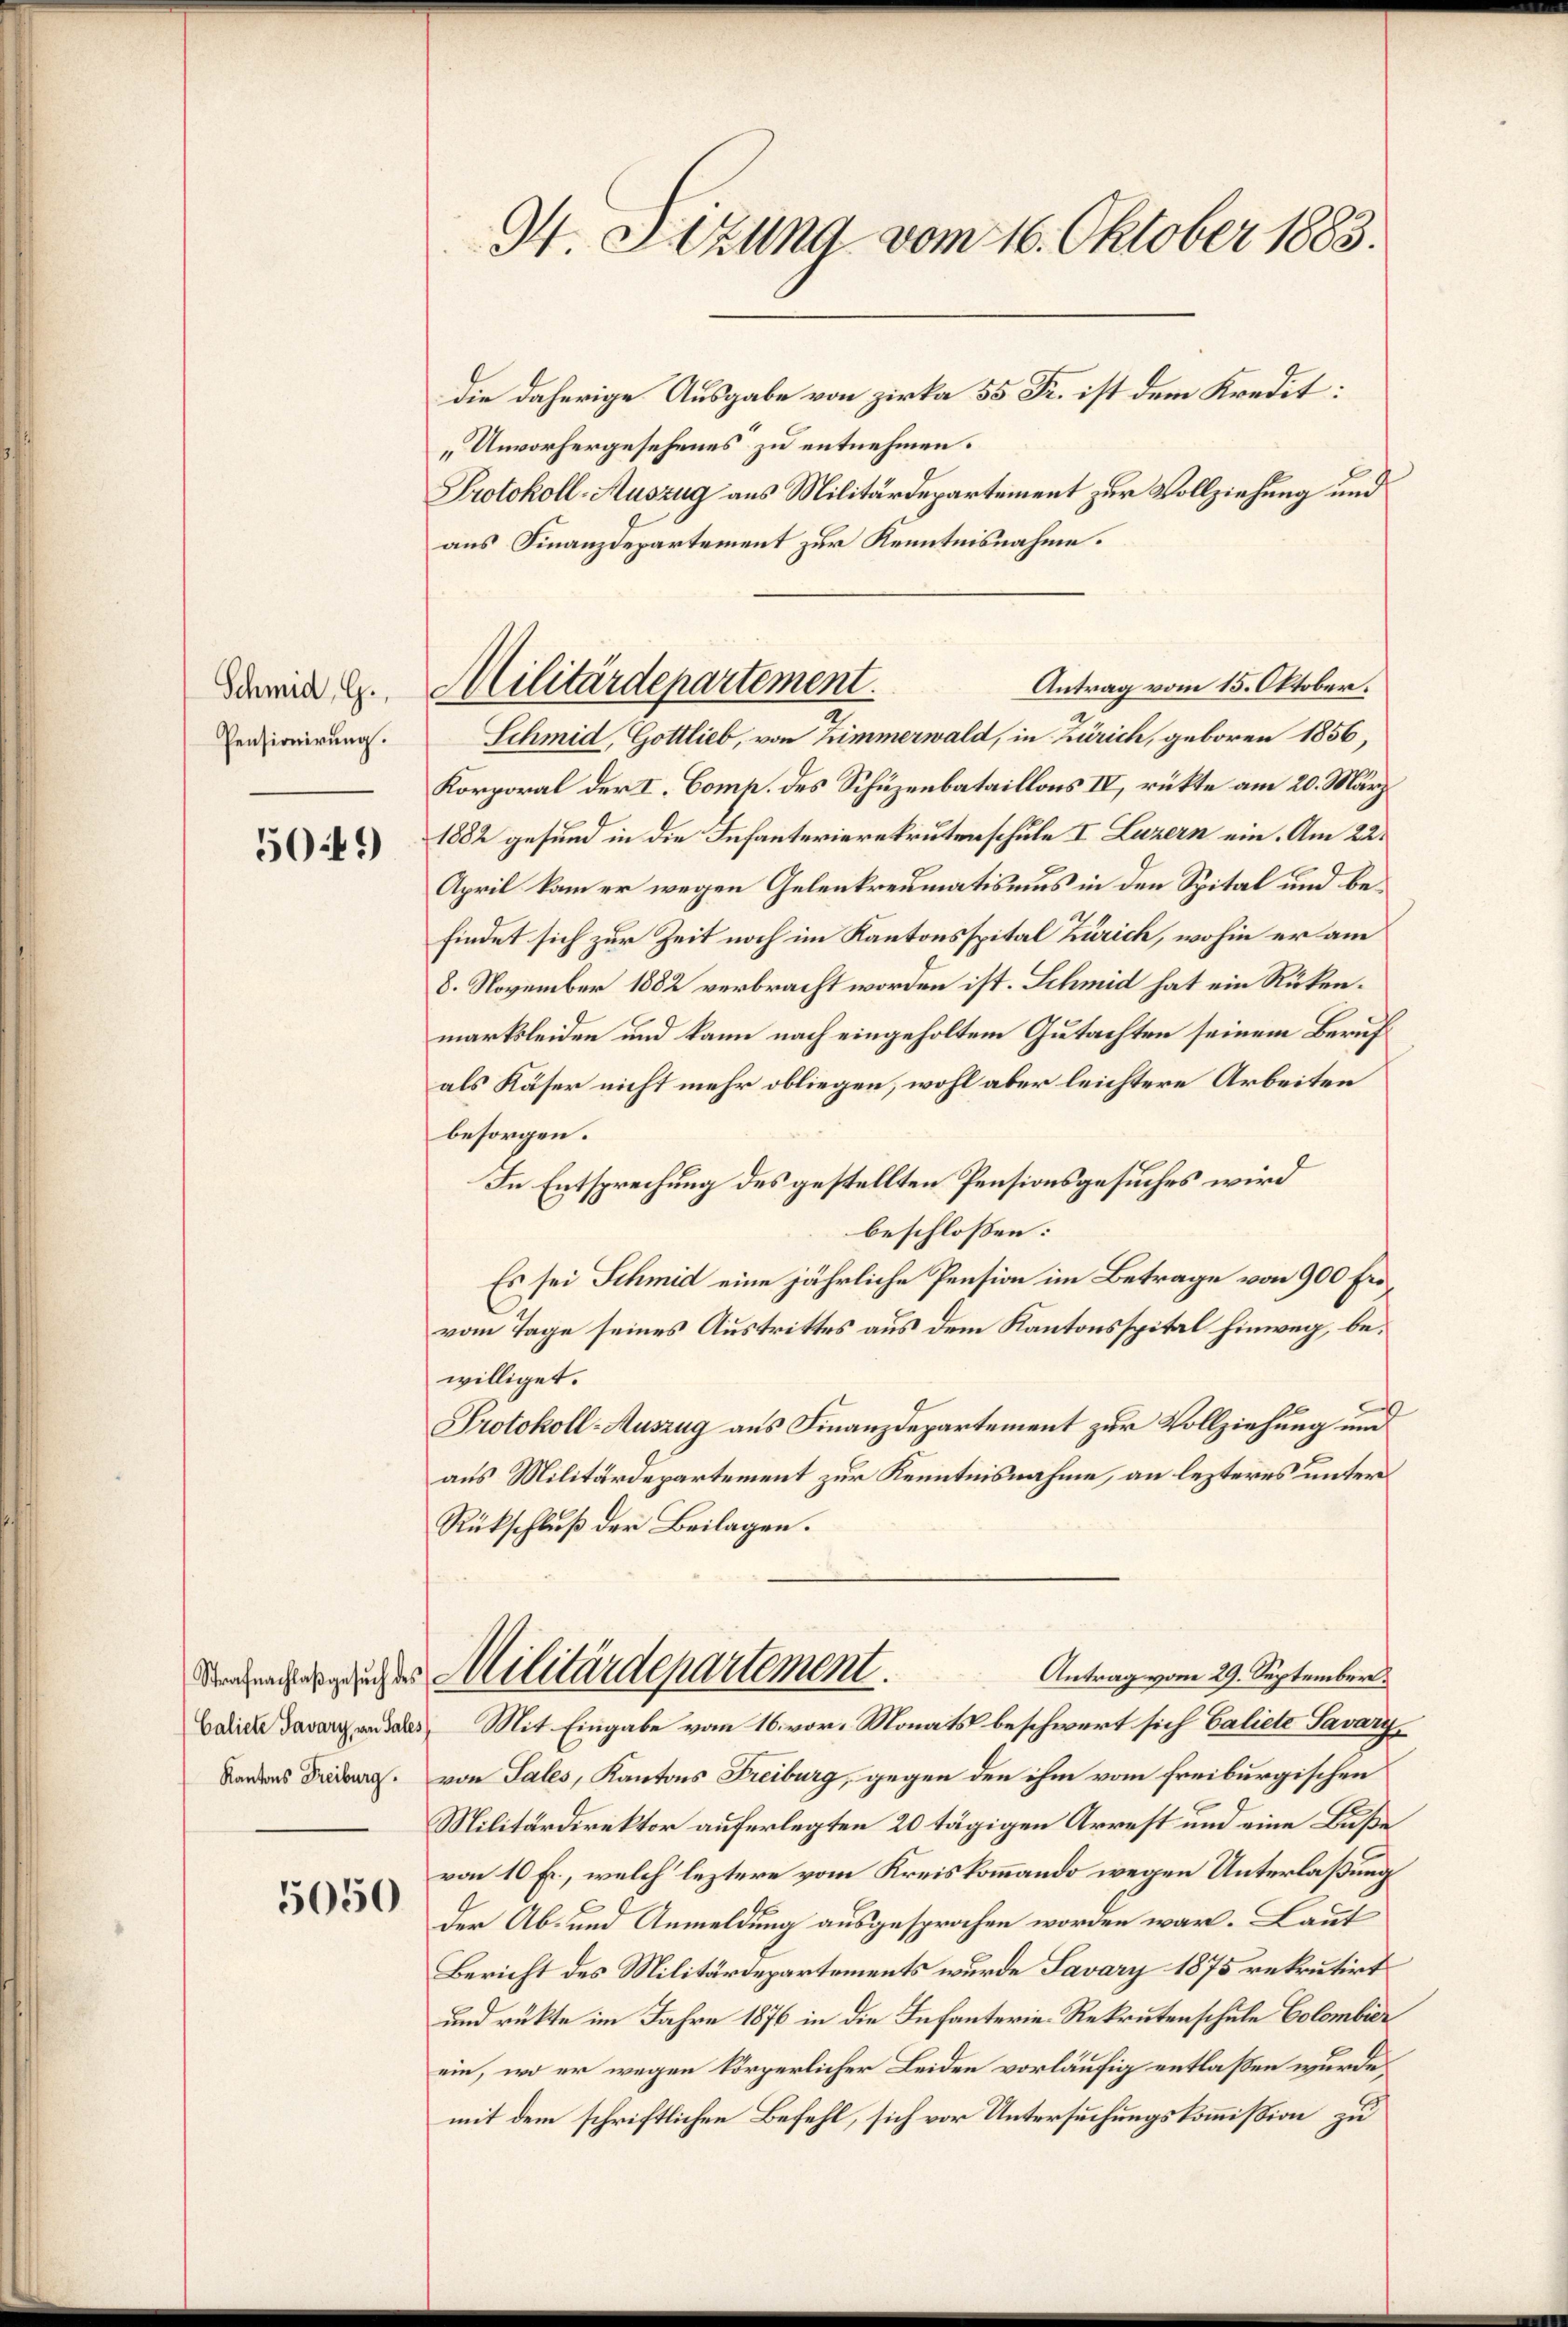
Schmid, G.,
Pensionirung.

50:1)

Calicte Savary, von Tales

5050

M. Sizung vom 16. Oktober 1883.

Antrag vom 15. Oktober.
Militärdepartement.
Schmid, Gottlieb, von Zimmerwald, in Zürich, geboren 1856,

die daherige Ausgabe von Zirka 55 Fr. ist dem Kredit:
„Unvorhergesehenes zu entnehmen.
Protokoll-Auszug aus Militärdepartement zur Vollziehung und
aus Finanzdepartement zur Kenntnisnahme.
Korporal der I. Comp. des Schüzenbataillons IV, rükte am 20. März
1882 gesund in die Infanterierekrutenschule I Luzern ein. Am 22.
April kam er wegen Gelenkreumatismus in den Spital und befindet sich zur Zeit noch im Kantonsspital Zürich, wohin er am
8. November 1882 verbracht worden ist. Schmid hat ein Rükenmarksleiden und kann nach eingeholtem Gutachten seinem Beruf
als Käser nicht mehr obliegen, wohl aber leichtere Arbeiten
besorgen.
In Entsprechung des gestellten Pensionsgesuches wird
beschlossen:
Es sei Schmid eine jährliche Pension im Betrage von 900 Fr.
vom Tage seines Austrittes aus dem Kantonsspital hinweg, bewilliget.
Protokoll-Auszug aus Finanzdepartement zur Vollziehung und
aus Militärdepartement zur Kenntnisnahme, an lezteres unter¬
Rückschluß der Beilagen.
Antrag vom 29. September.
denglicher Militärdepartement.
Mit Eingabe vom 16. vor. Monats beschwert sich Galiete Savary,
Bodens Dr. von Sales, Kantons Freiburg, gegen den ihm vom freiburgischen
Militärdirektor auferlegten 20 tägigen Arrest und eine Buße
von 10 Fr., welch leztere vom Kreiskommando wegen Unterlaßung
der Ab- und Anmeldung ausgesprochen worden war. Laut
Bericht des Militärdepartements wurde Javary 1875 rekrutirt
und rükte im Jahre 1876 in die Infanterie-Rekrutenschule Colombier
ein, wo er wegen körperlicher Leiden vorläufig entlaßen wurde.
mit dem schriftlichen Befehl, sich vor Untersuchungskommission zu